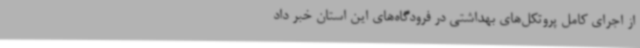
از اجرای کامل پروتکل‌های بهداشتی در فرودگاه‌های این استان خبر داد